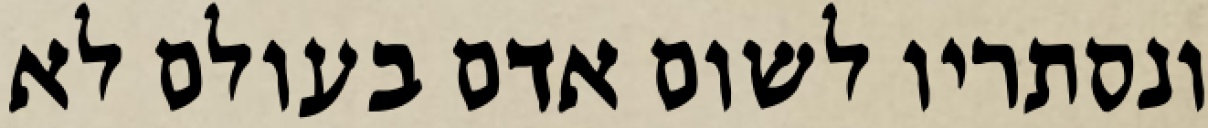
ונסתריו לשום אדם בעולם לא